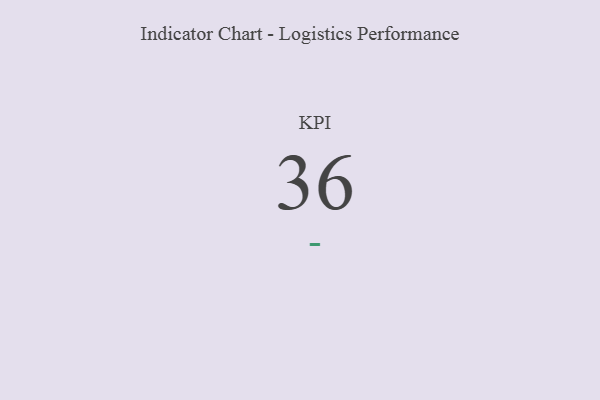
{"axis": {"x": "KPI", "y": "Value"}, "legend": [""], "data": [{"x": "KPI", "y": 36, "type": ""}]}